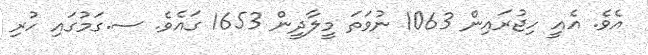
އެވެ. އެއީ ހިޖުރައިން 1063 ނުވަތަ މީލާދީން 1653 ގައެވެ. ސ.ގަމުގައި ހުރި